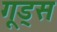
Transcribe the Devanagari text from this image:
गूड्स